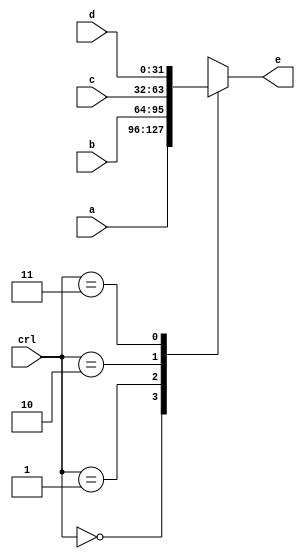
module MUX4(input [1:0]crl,input [31:0]a,input [31:0]b,input [31:0]c,input [31:0]d,output[31:0]e);

reg [31:0]temp;
always@(*)
begin
case(crl)
0:temp=a;
1:temp=b;
2:temp=c;
3:temp=d;
endcase
end
assign e=temp;
endmodule